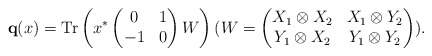
\begin{align*} {\mathbf q}(x) = {\rm Tr}\left( x^* \begin{pmatrix} 0 & 1 \\ -1 & 0 \end{pmatrix} W\right) (W= \begin{pmatrix} X_1\otimes X_2 & X_1\otimes Y_2 \\ Y_1\otimes X_2 & Y_1\otimes Y_2 \end{pmatrix}). \end{align*}